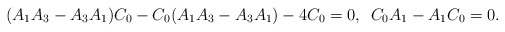
\begin{align*}(A_{1}A_{3}-A_{3}A_{1})C_{0}-C_{0}(A_{1}A_{3}-A_{3}A_{1})-4C_{0}=0,\,\,\, C_{0}A_{1}-A_{1}C_{0}=0.\end{align*}